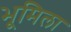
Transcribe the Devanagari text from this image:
भूमिला